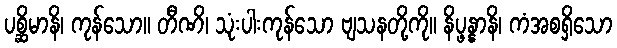
ပစ္ဆိမာနိ၊ ကုန်သော။ တီဏိ၊ သုံးပါးကုန်သော ဗျသနတို့ကို။ နိပ္ဖန္နာနိ၊ ကံအစရှိသော